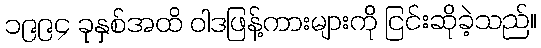
၁၉၉၄ ခုနှစ်အထိ ဝါဒဖြန့်ကားများကို ငြင်းဆိုခဲ့သည်။